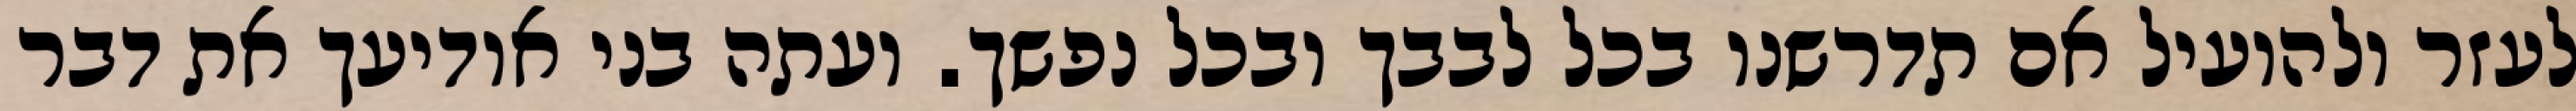
לעזר ולהועיל אם תדרשנו בכל לבבך ובכל נפשך. ועתה בני אודיעך את דבר